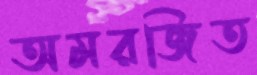
অমরজিত